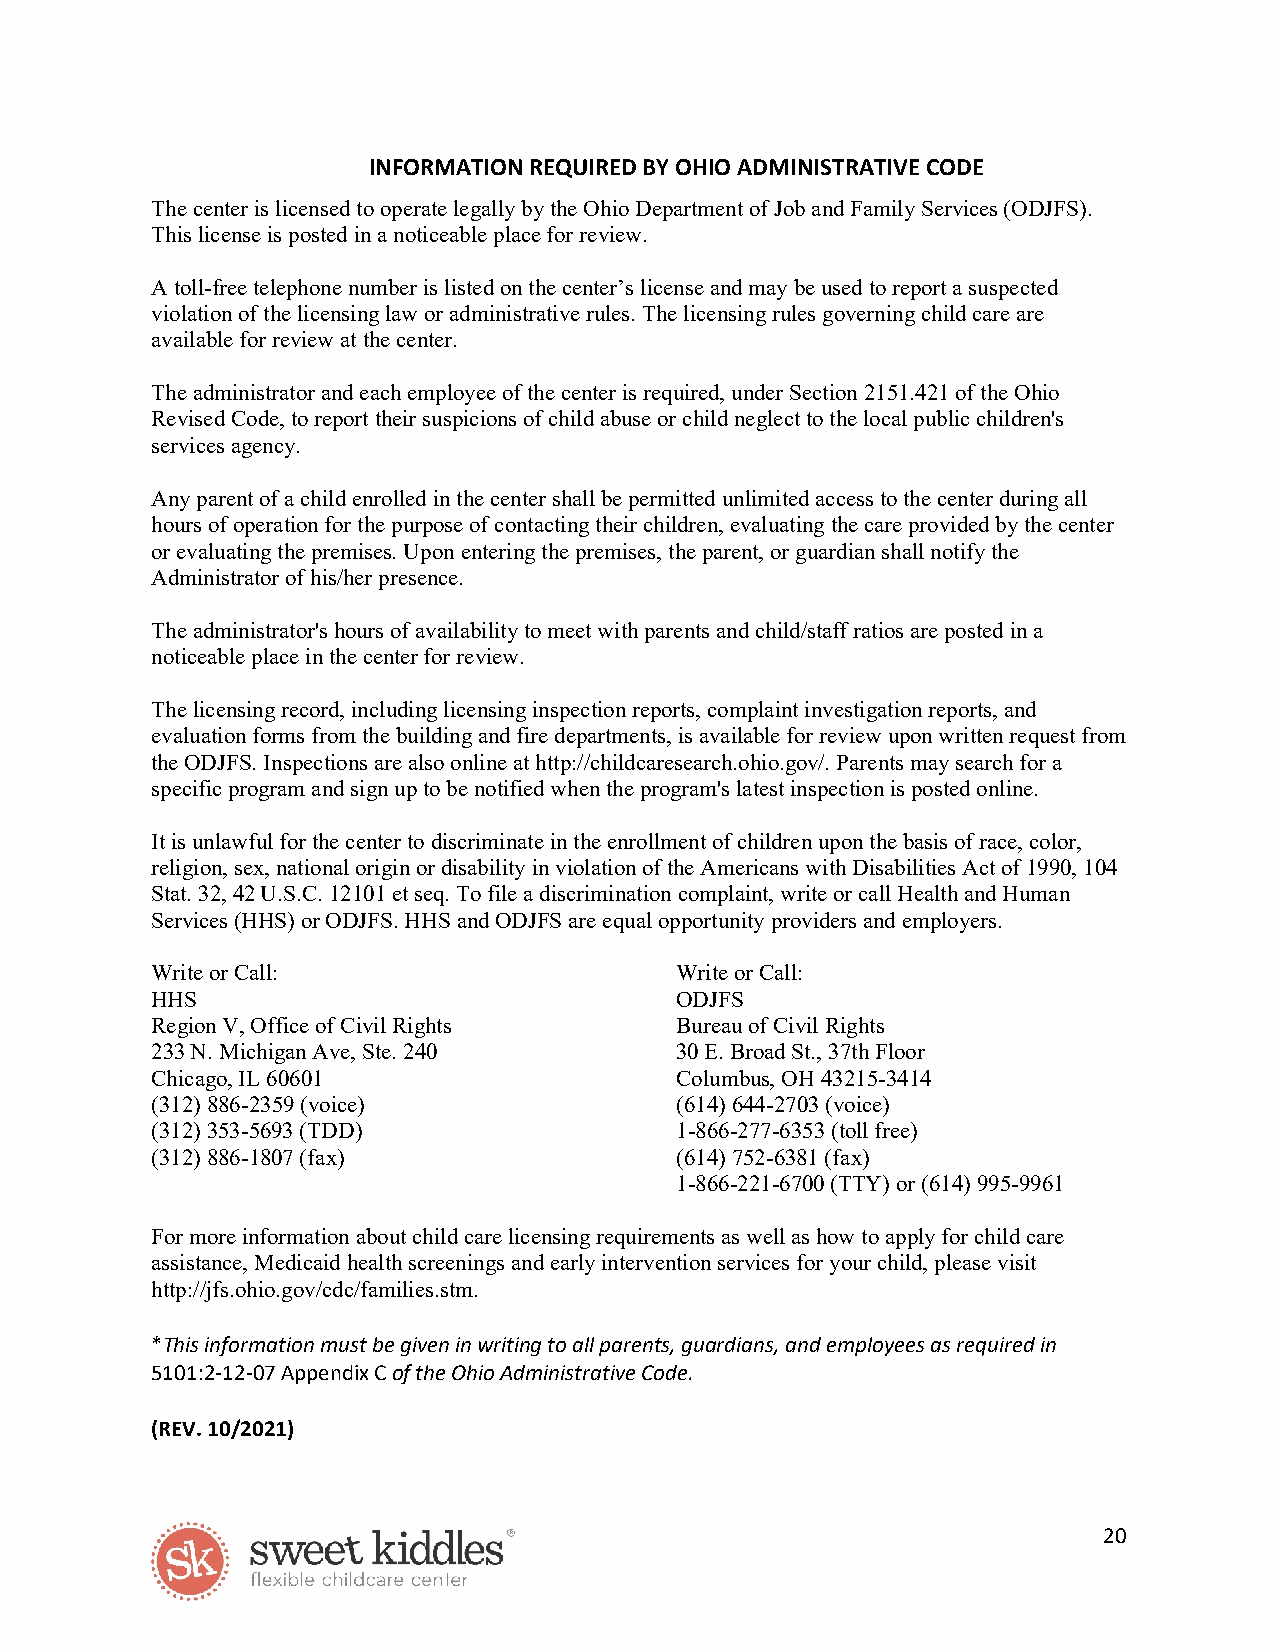
INFORMATION REQUIRED BY OHIO ADMINISTRATIVE CODE
 The center is licensed to operate legally by the Ohio Department of Job and Family Services (ODJFS).
 This license is posted in a noticeable place for review.
 A toll-free telephone number is listed on the center’s license and may be used to report a suspected
 violation of the licensing law or administrative rules. The licensing rules governing child care are
 available for review at the center.
 The administrator and each employee of the center is required, under Section 2151.421 of the Ohio
 Revised Code, to report their suspicions of child abuse or child neglect to the local public children's
 services agency.
 Any parent of a child enrolled in the center shall be permitted unlimited access to the center during all
 hours of operation for the purpose of contacting their children, evaluating the care provided by the center
 or evaluating the premises. Upon entering the premises, the parent, or guardian shall notify the
 Administrator of his/her presence.
 The administrator's hours of availability to meet with parents and child/staff ratios are posted in a
 noticeable place in the center for review.
 The licensing record, including licensing inspection reports, complaint investigation reports, and
 evaluation forms from the building and fire departments, is available for review upon written request from
 the ODJFS. Inspections are also online at http://childcaresearch.ohio.gov/. Parents may search for a
 specific program and sign up to be notified when the program's latest inspection is posted online.
 It is unlawful for the center to discriminate in the enrollment of children upon the basis of race, color,
 religion, sex, national origin or disability in violation of the Americans with Disabilities Act of 1990, 104
 Stat. 32, 42 U.S.C. 12101 et seq. To file a discrimination complaint, write or call Health and Human
 Services (HHS) or ODJFS. HHS and ODJFS are equal opportunity providers and employers.
 Write or Call:                     Write or Call:
 HHS                                ODJFS
 Region V, Office of Civil Rights   Bureau of Civil Rights
 233 N. Michigan Ave, Ste. 240      30 E. Broad St., 37th Floor
 Chicago, IL 60601                  Columbus, OH 43215-3414
 (312) 886-2359 (voice)             (614) 644-2703 (voice)
 (312) 353-5693 (TDD)               1-866-277-6353 (toll free)
 (312) 886-1807 (fax)               (614) 752-6381 (fax)
 1-866-221-6700 (TTY) or (614) 995-9961
 For more information about child care licensing requirements as well as how to apply for child care
 assistance, Medicaid health screenings and early intervention services for your child, please visit
 http://jfs.ohio.gov/cdc/families.stm.
 *This information must be given in writing to all parents, guardians, and employees as required in
 5101:2-12-07 Appendix C of the Ohio Administrative Code.
 (REV. 10/2021)
 20